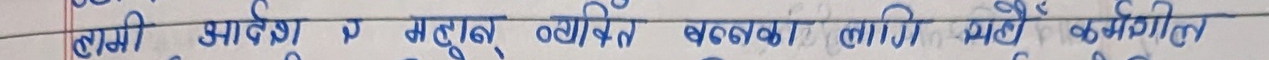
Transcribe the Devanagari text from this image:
हामी मार्गदर्शक र महत्त्व व्यक्ति बन्नेका लागि यही कर्मशील